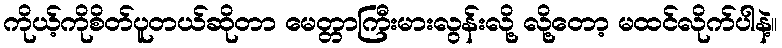
ကိုယ့်ကိုစိတ်ပူတယ်ဆိုတာ မေတ္တာကြီးမားလွန်းလို့ လို့တော့ မထင်လိုက်ပါနဲ့။